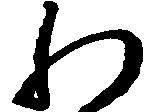
わ